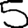
Digit: 5